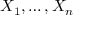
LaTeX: X _ { 1 } , \ldots , X _ { n }